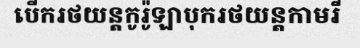
បើករថយន្តកូរ៉ូឡាបុករថយន្តកាមរី